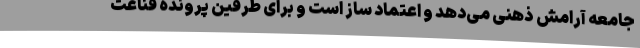
جامعه آرامش ذهنی می‌دهد و اعتماد ساز است و برای طرفین پرونده قناعت